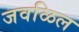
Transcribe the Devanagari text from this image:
जवळिल